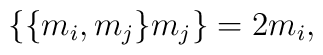
\lbrace \lbrace m_i,m_j\rbrace m_j\rbrace=2m_i,